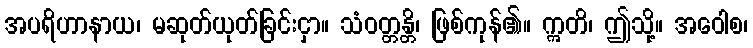
အပရိဟာနာယ၊ မဆုတ်ယုတ်ခြင်းငှာ။ သံဝတ္တန္တိ၊ ဖြစ်ကုန်၏။ ဣတိ၊ ဤသို့။ အဝေါစ၊